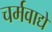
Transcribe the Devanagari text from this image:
चर्मवाद्ये